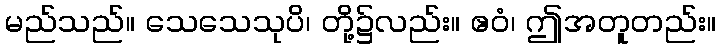
မည်သည်။ သေသေသုပိ၊ တို့၌လည်း။ ဧဝံ၊ ဤအတူတည်း။